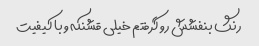
رنگ بنفشش رو گرفتم خیلی قشنکه و با کیفیت